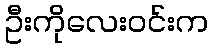
ဦးကိုလေးဝင်းက